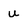
Character: u